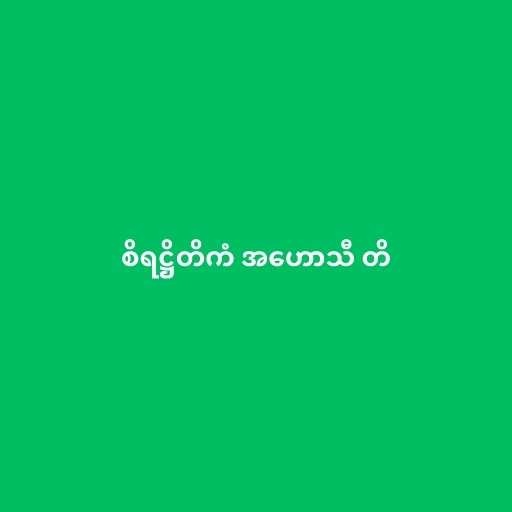
စိရဋ္ဌိတိကံ အဟောသီ တိ